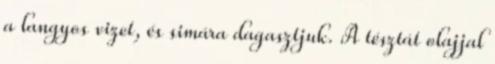
a langyos vizet, és simára dagasztjuk. A tésztát olajjal